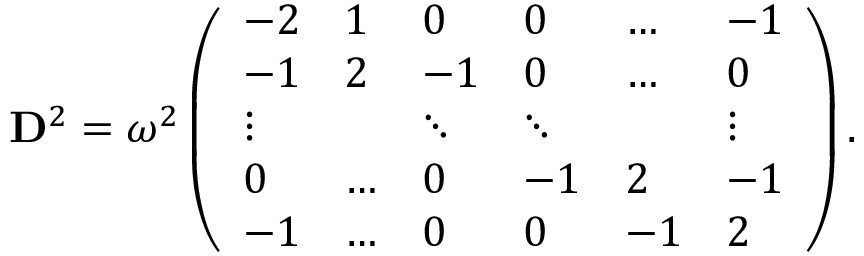
\mathbf { D } ^ { 2 } = \omega ^ { 2 } \left( \begin{array} { l l l l l l } { - 2 } & { 1 } & { 0 } & { 0 } & { \ldots } & { - 1 } \\ { - 1 } & { 2 } & { - 1 } & { 0 } & { \ldots } & { 0 } \\ { \vdots } & & { \ddots } & { \ddots } & & { \vdots } \\ { 0 } & { \ldots } & { 0 } & { - 1 } & { 2 } & { - 1 } \\ { - 1 } & { \ldots } & { 0 } & { 0 } & { - 1 } & { 2 } \end{array} \right) .